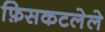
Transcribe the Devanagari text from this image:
फ़िसकटलेले